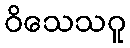
ဝိသေသဂူ